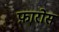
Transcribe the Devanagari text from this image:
फ़ारोस